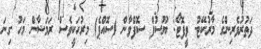
ދަތުރުވެރިންގެ މާރުކޭޓު- ވީފޮޓޯ: ޔޫސުފް ސޮފްވާން (ސޮއްޕެ) މިރުހަކީވެސް ރަމަޟާން މަހު ގިނަ